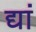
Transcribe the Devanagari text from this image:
द्यां